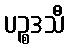
ပဉ္စဒသီ